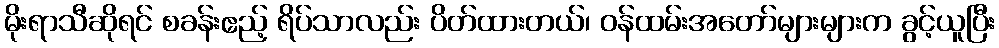
မိုးရာသီဆိုရင် စခန်းဧည့် ရိပ်သာလည်း ပိတ်ထားတယ်၊ ဝန်ထမ်းအတော်များများက ခွင့်ယူပြီး